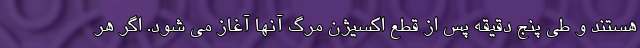
هستند و طی پنج دقیقه پس از قطع اکسیژن مرگ آنها آغاز می شود. اگر هر